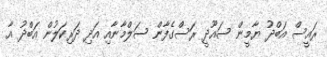
ރައީސް އަބްދު ޔާމީން ސައޫދީ ރަސްގެފާން ސަލްމާނާއި އަދި ދަރިކަލުން އަބްދު އާ